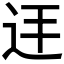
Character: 𮷞